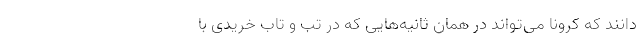
‌دانند که کرونا می‌تواند در همان ثانیه‌هایی که در تب و تاب خریدی با